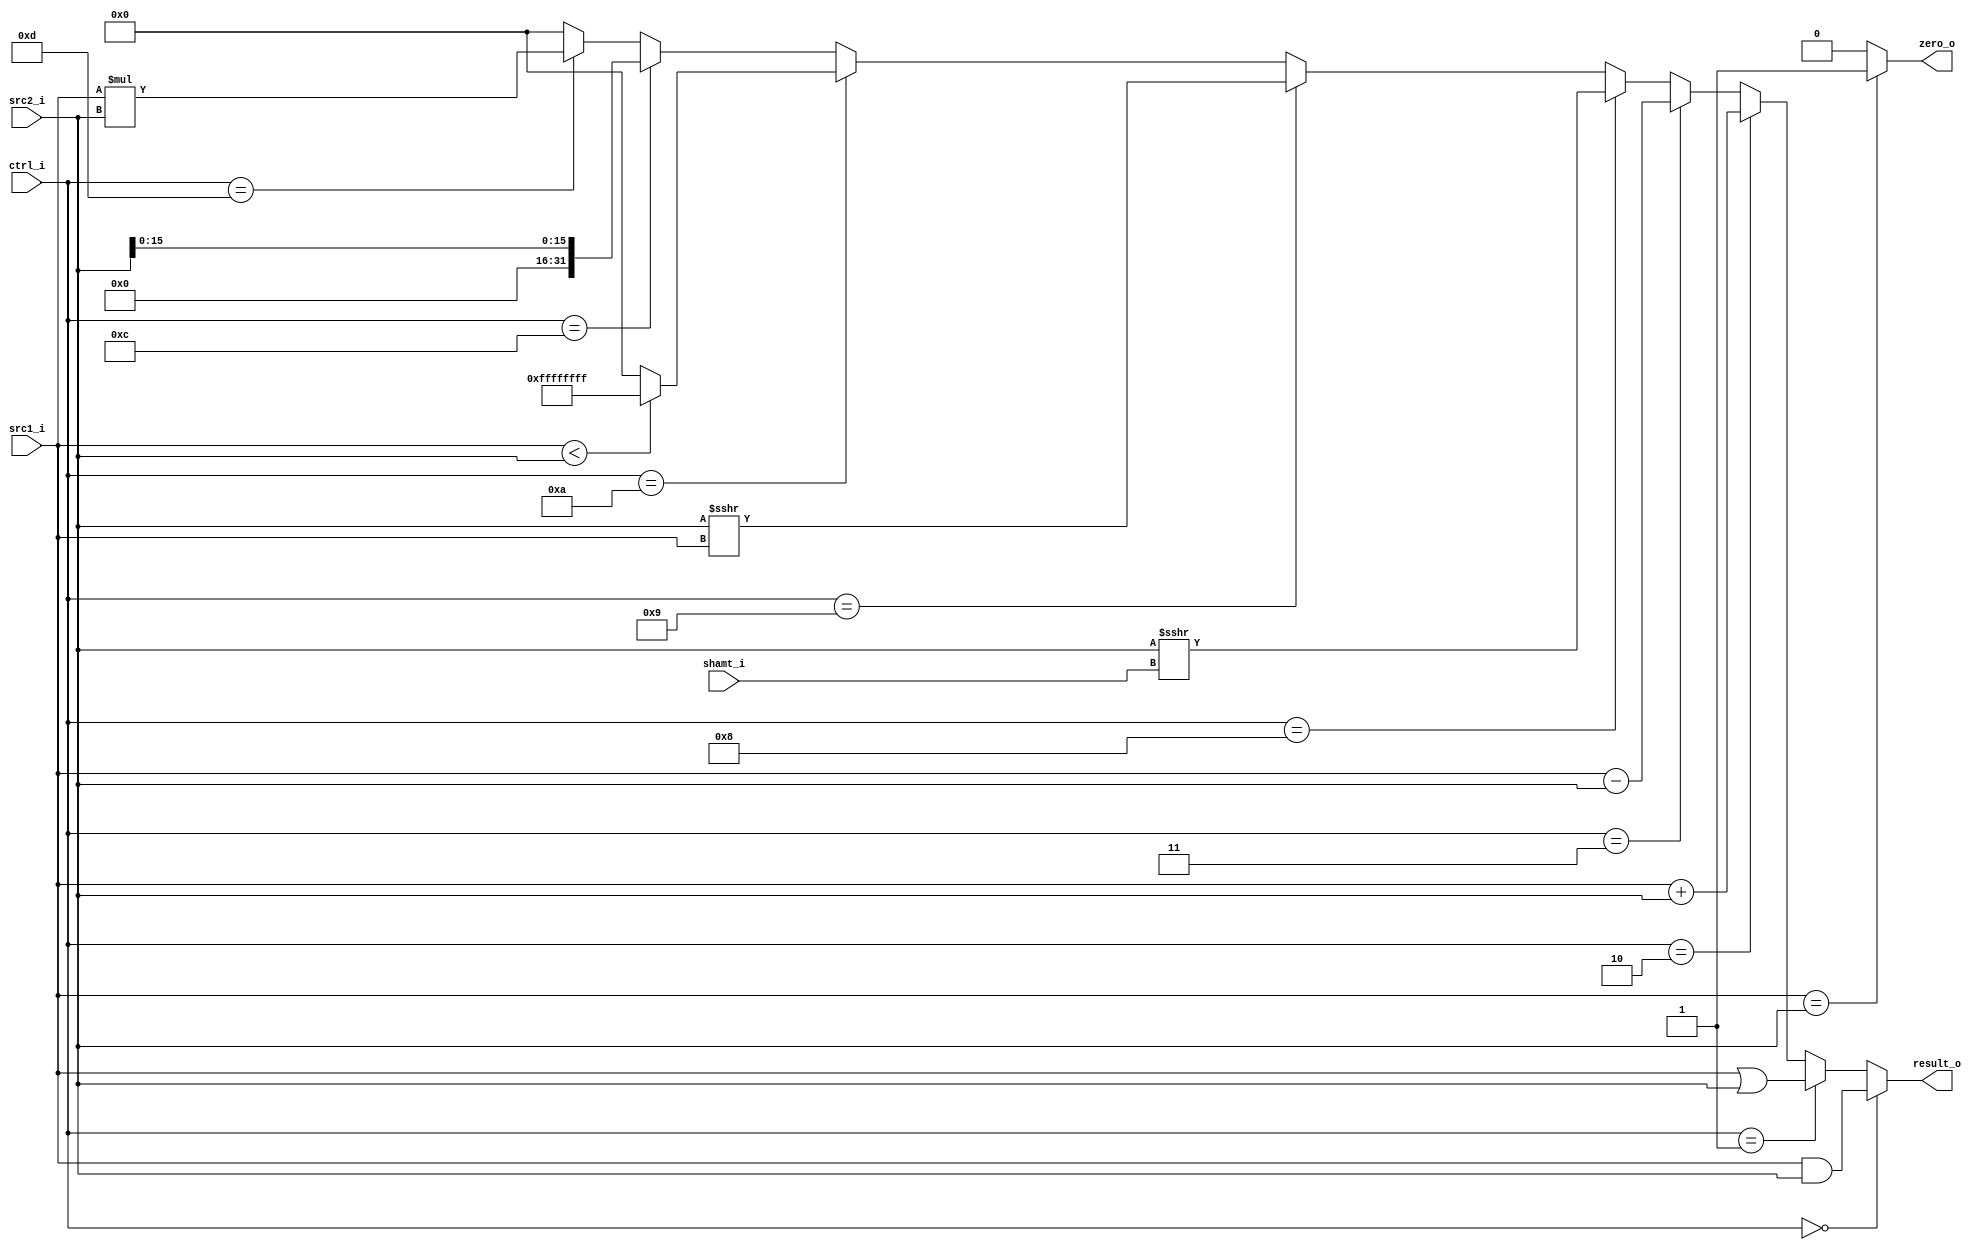
//Subject:     CO project 2 - ALU
//--------------------------------------------------------------------------------
//Version:     2
//--------------------------------------------------------------------------------
//Writer:      0616221 Yu-Chen Hsiao
//----------------------------------------------
//----------------------------------------------
//Description:ALU Operation
//--------------------------------------------------------------------------------

module ALU(src1_i, src2_i, ctrl_i, shamt_i, result_o, zero_o);

  //I/O ports
  input  [32-1:0]  src1_i;
  input  [32-1:0]  src2_i;
  input  [4-1:0]   ctrl_i;
  input  [5-1:0]   shamt_i;

  output [32-1:0]	 result_o;
  output           zero_o;

  //Internal signals
  wire   [32-1:0]  result_o;
  wire             zero_o;

  //Parameter

  //Main function

  assign result_o = (ctrl_i == 4'b0000) ? src1_i & src2_i  :
                    (ctrl_i == 4'b0001) ? src1_i | src2_i  :
                    (ctrl_i == 4'b0010) ? src1_i + src2_i  :
                    (ctrl_i == 4'b0011) ? src1_i - src2_i  :
                    (ctrl_i == 4'b1000) ? $signed($signed(src2_i) >>> shamt_i):  // sra
                    (ctrl_i == 4'b1001) ? $signed($signed(src2_i) >>> src1_i) :  // srav
                    (ctrl_i == 4'b1010) ? ((src1_i < src2_i) ? {32{1'd1}} : 32'b0) :
                    (ctrl_i == 4'b1100) ? ({16'd0,src2_i[15:0]})     :  // li
                    (ctrl_i == 4'b1101) ? src1_i * src2_i  :  // mul
                                                   0       ;  // default
  assign zero_o = (src1_i == src2_i) ? 1'b1 : 1'b0;

endmodule